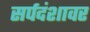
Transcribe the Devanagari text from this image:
सर्पदंशावर